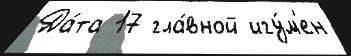
Да́та 17 гла́вной игу́м'ен